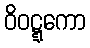
ဝိဝဋ္ဋကော